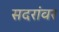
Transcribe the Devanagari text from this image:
सदरांवर